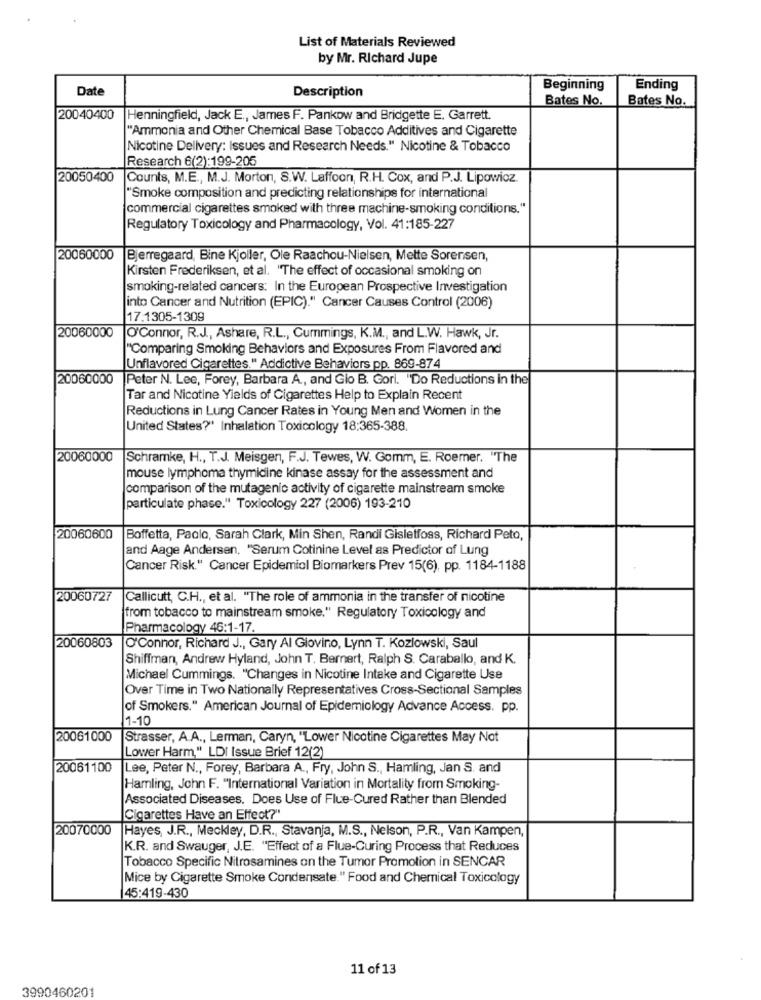
List of Materials Reviewed
by Mr. Richard Jupe
Date
Beginning
Ending
Description
Bates No.
Bates No.
20040400
Henningfield, Jack E ., James F. Pankow and Bridgette E, Garrett.
"Ammonia and Other Chemical Base Tobacco Additives and Cigarette
Nicotine Delivery: Issues and Research Needs." Nicotine & Tobacco
Research 6(2):199-205
20050400
Counts, M.E ., M.J. Morton, S.W. Laffoon, R.H. Cox, and P.J. Lipowicz.
"Smoke composition and predicting relationships for international
commercial cigarettes smoked with three machine-smoking conditions."
Regulatory Toxicology and Pharmacology, Vol. 41:185-227
20060000
Bjerregaard, Bine Kjoller, Ole Raachou-Nielsen, Mette Sorensen,
Kirsten Frederiksen, et al. "The effect of occasional smoking on
smoking-related cancers: In the European Prospective Investigation
into Cancer and Nutrition (EPIC)." Cancer Causes Control (2006)
17.1305-1309
20060000
O'Connor, R.J ., Ashare, R.L ., Cummings, K.M ., and L.W. Hawk, Jr.
"Comparing Smoking Behaviors and Exposures From Flavored and
Unflavored Cigarettes." Addictive Behaviors pp. 869-874
20060000
Peter N. Lee, Forey, Barbara A ., and Gio B. Gori. "Do Reductions in the
Tar and Nicotine Yields of Cigarettes Help to Explain Recent
Reductions in Lung Cancer Rates in Young Men and Women in the
United States?' Inhalation Toxicology 18:365-388.
20060000
Schramke, H ., T.J. Meisgen, F.J. Tewes, W. Gomm, E. Roemer. "The
mouse lymphoma thymidine kinase assay for the assessment and
comparison of the mutagenic activity of cigarette mainstream smoke
particulate phase." Toxicology 227 (2006) 193-210
20060600
Boffetta, Paolo, Sarah Clark, Min Shen, Randi Gisletfoss, Richard Peto,
and Aage Andersen, "Serum Cotinine Level as Predictor of Lung
Cancer Risk." Cancer Epidemiol Biomarkers Prev 15(6), pp. 1184-1188
20060727
Callicutt, C.H ., et al. "The role of ammonia in the transfer of nicotine
from tobacco to mainstream smoke." Regulatory Toxicology and
Pharmacology 46:1-17.
20060803
O'Connor, Richard J ., Gary Al Giovino, Lynn T. Kozlowski, Saul
Shiffman, Andrew Hyland, John T. Bernert, Ralph S. Caraballo, and K.
Michael Cummings. "Changes in Nicotine Intake and Cigarette Use
Over Time in Two Nationally Representatives Cross-Sectional Samples
of Smokers." American Journal of Epidemiology Advance Access, pp.
1-10
20061000
Strasser, A.A ., Lerman, Caryn, "Lower Nicotine Cigarettes May Not
Lower Harm," LDI Issue Brief 12(2)
20061100
Lee, Peter N ., Forey, Barbara A ., Fry, John S ., Hamling, Jan S. and
Hamling, John F. "International Variation in Mortality from Smoking-
Associated Diseases. Does Use of Flue-Cured Rather than Blended
Cigarettes Have an Effect?"
20070000
Hayes, J.R ., Meckley, D.R ., Stavanja, M.S ., Nelson, P.R ., Van Kampen,
K.R. and Swauger, J.E. "Effect of a Flue-Curing Process that Reduces
Tobacco Specific Nitrosamines on the Tumor Promotion in SENCAR
Mice by Cigarette Smoke Condensate." Food and Chemical Toxicology
45:419-430
11 of 13
3990460201